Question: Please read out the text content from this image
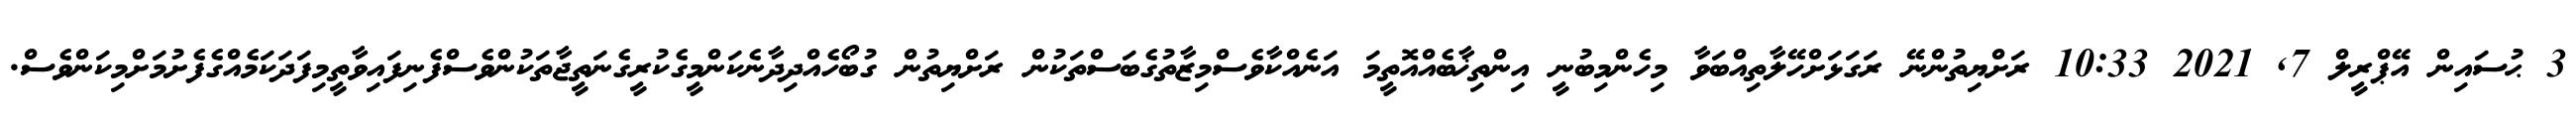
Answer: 3 ޙުސައިން އޭޕްރީލް 7, 2021 10:33 ރަށްޔިތުންނޭ ރަގަޅަށްހޭލާތިއްބަވާ މިހެންމިބުނީ އިންތިޚާބެއްއޮތީމަ އަނެއްކާވެސްމިޒާތުގެބަސްތަކުން ރަށްޔިތުން ގުބޯހެއްދިދާނެކަންމީގެކުރީގެނަތީޖާތަކުންވެސްފެނިފައިވާތީމިފަދަކަމެއްގެފެށުމަށްމިކަންވެސް.